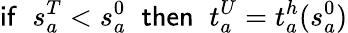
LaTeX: {\sf if}\; \; s_{a}^{T}<s_{a}^{0}\; \; {\sf then}\; \; t_{a}^{U}=t_{a}^{h}(s_{a}^{0})